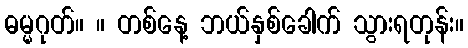
ဓမ္မဂုတ်။ ။ တစ်နေ့ ဘယ်နှစ်ခေါက် သွားရတုန်း။